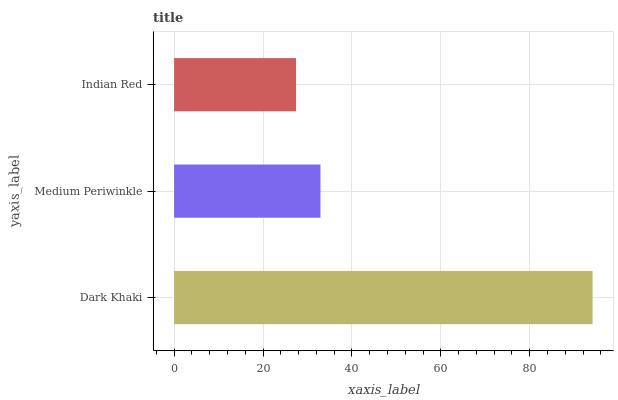
| yaxis_label | bars |
 | --- | --- |
 | Dark Khaki | 94.1 |
 | Medium Periwinkle | 32.9 |
 | Indian Red | 27.4 |